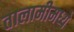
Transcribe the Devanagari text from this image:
तालामीमध्ये